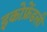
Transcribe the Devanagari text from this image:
इकोफ्रेंडली